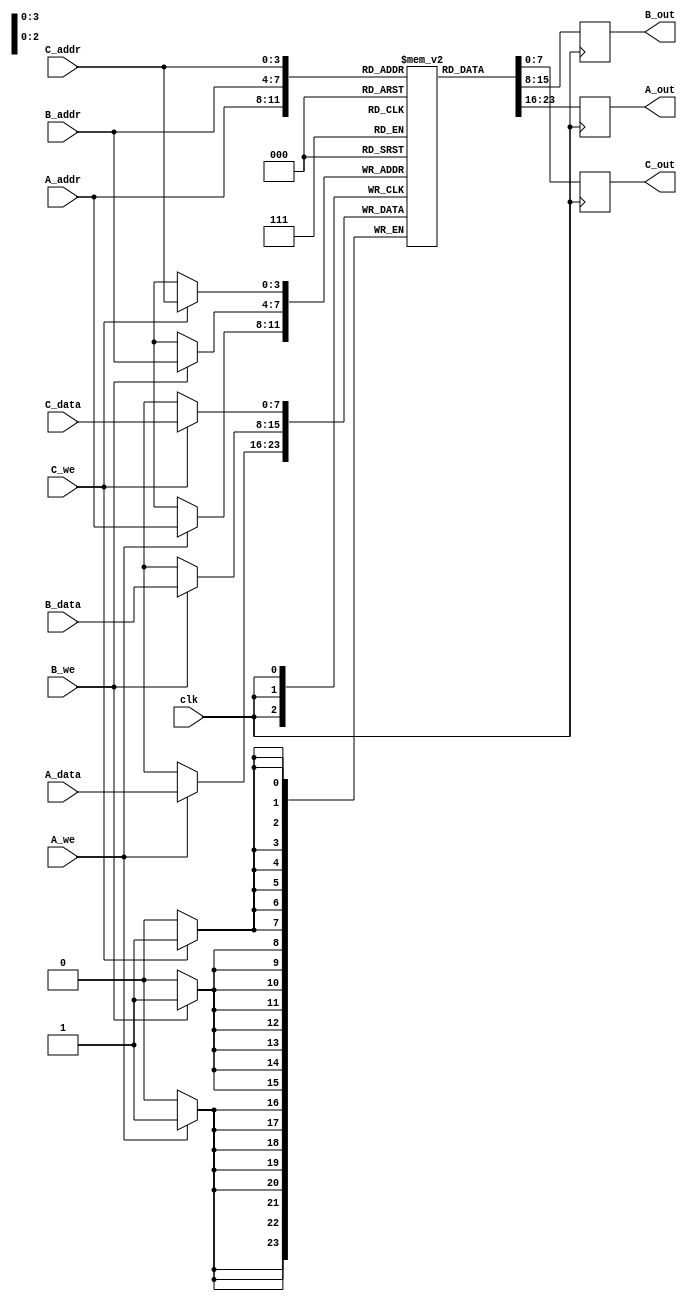
module triple_port_ram #(
    parameter DATA_WIDTH = 8,     // Width of the data bus
    parameter ADDR_WIDTH = 4       // Number of address bits (2^ADDR_WIDTH = depth of memory)
)(
    input  wire                  clk,      // Clock signal
    input  wire [ADDR_WIDTH-1:0] A_addr,  // Port A address
    input  wire [DATA_WIDTH-1:0] A_data,  // Port A write data
    input  wire                  A_we,     // Port A write enable
    output reg  [DATA_WIDTH-1:0] A_out,   // Port A read data

    input  wire [ADDR_WIDTH-1:0] B_addr,  // Port B address
    input  wire [DATA_WIDTH-1:0] B_data,  // Port B write data
    input  wire                  B_we,     // Port B write enable
    output reg  [DATA_WIDTH-1:0] B_out,   // Port B read data

    input  wire [ADDR_WIDTH-1:0] C_addr,  // Port C address
    input  wire [DATA_WIDTH-1:0] C_data,  // Port C write data
    input  wire                  C_we,     // Port C write enable
    output reg  [DATA_WIDTH-1:0] C_out    // Port C read data
);

    // Memory array declaration
    reg [DATA_WIDTH-1:0] ram [(2**ADDR_WIDTH)-1:0];

    // Port A Read/Write Process
    always @(posedge clk) begin
        if (A_we) begin
            ram[A_addr] <= A_data;  // Write data to RAM
        end
        A_out <= ram[A_addr];      // Read data from RAM
    end

    // Port B Read/Write Process
    always @(posedge clk) begin
        if (B_we) begin
            ram[B_addr] <= B_data;  // Write data to RAM
        end
        B_out <= ram[B_addr];      // Read data from RAM
    end

    // Port C Read/Write Process
    always @(posedge clk) begin
        if (C_we) begin
            ram[C_addr] <= C_data;  // Write data to RAM
        end
        C_out <= ram[C_addr];      // Read data from RAM
    end

endmodule